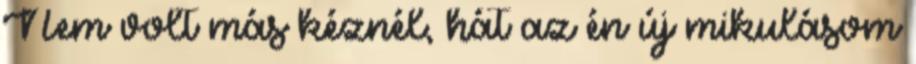
Nem volt más kéznél, hát az én új mikulásom